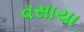
વસાયા